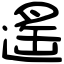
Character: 遙